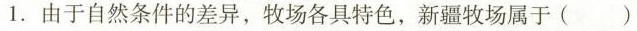
1. 由于自然条件的差异，牧场各具特色，新疆牧场属于()